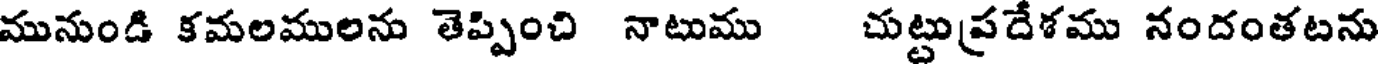
మునుండి కమలములను తెప్పించి నాటుము చుట్టుప్రదేశము నందంతటను